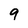
Character: 9